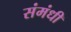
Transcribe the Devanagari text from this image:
संमंधी